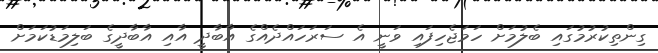
ގިންތިކުރުމުގައި ބެލުމަށް ހަމަޖެހިފައި ވަނީ އެ ސަރަހައްދެއްގެ އާބާދީ އާއި އާބާދީގެ ބަލިމަޑުކަމަށް